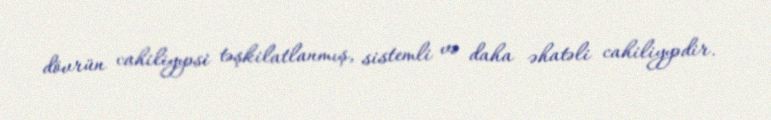
dövrün cahiliyyəsi təşkilatlanmış, sistemli və daha əhatəli cahiliyyədir.